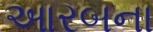
આરબના